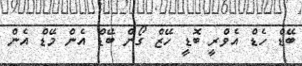
ބޭޑް ހެޑް އެވްރީ ބޮޑީ ހޭޒް ގޯން ބޭޑް އެން މޭޑް އެން